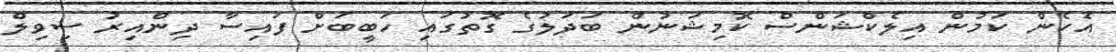
އެހެން ކަމުން އިލެކްޝަންސް ކޮމިޝަނުން ބަދަލުގެ ގޮތުގައި ހަބީބަށް ފައިސާ ދިންއިރު ސިވިލް